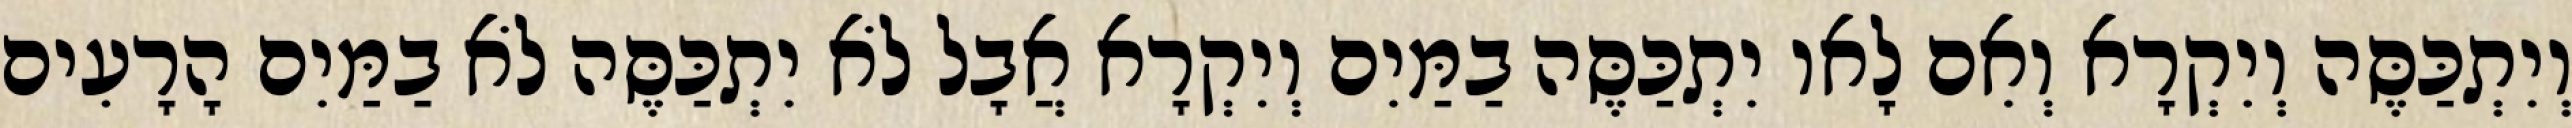
וְיִתְכַּסֶּה וְיִקְרָא וְאִם לָאו יִתְכַּסֶּה בַמַּיִם וְיִקְרָא אֲבָל לֹא יִתְכַּסֶּה לֹא בַמַּיִם הָרָעִים